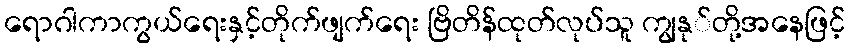
ရောဂါကာကွယ်ရေးနှင့်တိုက်ဖျက်ရေး ဗြိတိန်ထုတ်လုပ်သူ ကျွနု်တို့အနေဖြင့်